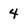
Character: 4